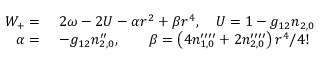
\begin{array} { r l } { W _ { + } = } & { \ 2 \omega - 2 U - \alpha r ^ { 2 } + \beta r ^ { 4 } , \quad U = 1 - g _ { 1 2 } n _ { 2 , 0 } } \\ { \alpha = } & { \ - g _ { 1 2 } n _ { 2 , 0 } ^ { \prime \prime } , \qquad \beta = \left( 4 n _ { 1 , 0 } ^ { \prime \prime \prime \prime } + 2 n _ { 2 , 0 } ^ { \prime \prime \prime \prime } \right) r ^ { 4 } / 4 ! } \end{array}